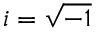
i = \sqrt { - 1 }